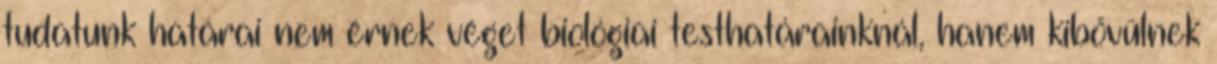
tudatunk határai nem érnek véget biológiai testhatárainknál, hanem kibővülnek